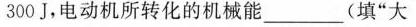
300J，电动机所转化的机械能___(填”大